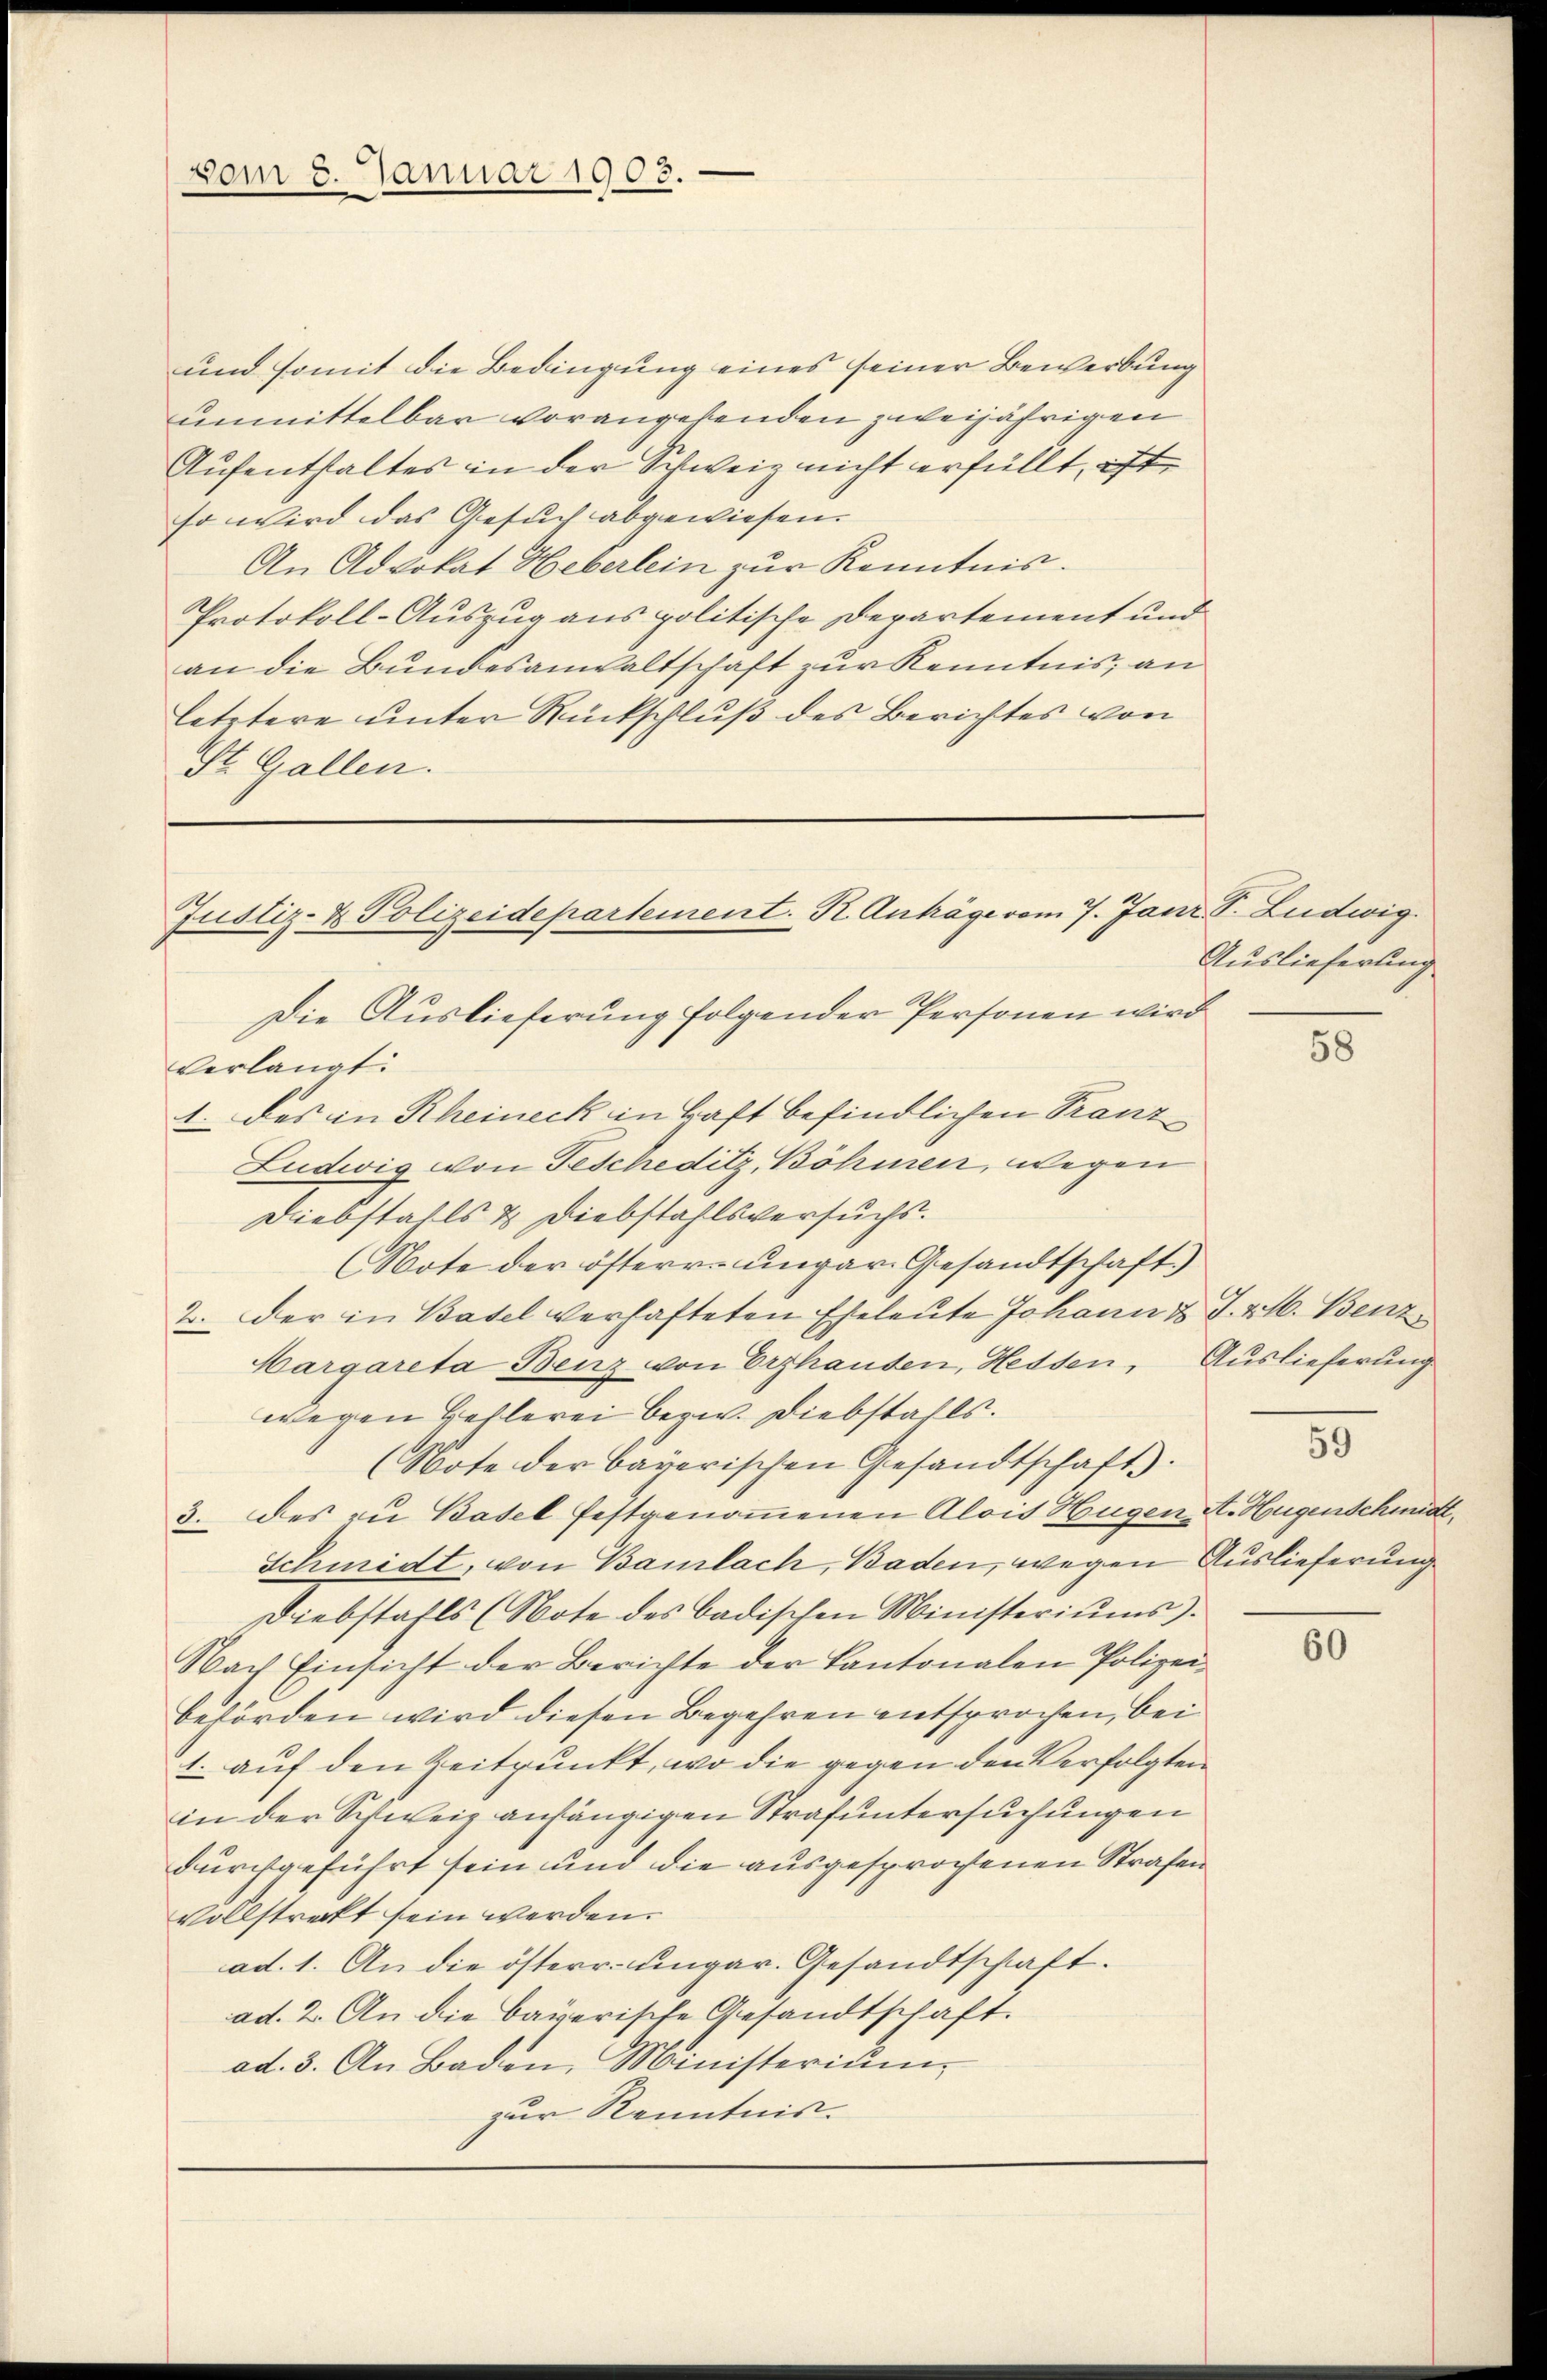
vom 8. Januar 1903.

und somit die Bedingung eines seiner Bewerbung
unmittelbar vorangesenden zweijährigen
Aufentstaltes in der Schweiz nicht erfüllt, ift
so wird das Gesuch abgewiesen.
An Advokat Heberlein zur Kenntnis.
Protokoll-Auszug aus politische Departement und
an die Bundesanwaltschaft zur Kenntnis, an
letztere unter Rückschluß des Berichtes von
St. Gallen.

Justiz- & Polizeidepartement. K. Anträge vom 7. Janr. S. Ludwig.
Die Auslieferung folgender Personen wird

verlangt:
1. des in Rheineck in Kraft befindlichen Franz
Ludwig von Fescheditz, Böhmen, wegen
Diebstalls & Diebstahlsversuchs.
(Note der österr.-ungar. Gesandtschaft)
2. Der in Basel verhafteten Eheleute Johann u. I. & 16. Benz
Margareta Benz von Erzhausen, Hessen, Auslieferung
wegen Behlerei bezw. Diebstahls.
(Note der bayerischen Gesandtschaft.
3. des zu Basel festgenommenen Alois Hugen A. Hugenschmidt,
Schmidt, von Bamlach, Baden, wegen Auslieferung
Diebstahls (Note des badischen Ministeriŭms).
Nach Einsicht der Berichte der Kantonalen Polizei
behörden wird diesen Begehren entsprochen, bei
1. auf den Zeitpunkt, wo die gegen den Verfolgten
in der Schweiz anhängigen Strafuntersuchungen
durchgeführt sein und die ausgesprochenen Strafen
vollstreckt sein werden.
ad. 1. An die österr. ungar. Gesandtschaft.
ad. 2. An die bayerische Gesandtschaft.
ad. 3. An Baden, Ministerium
zur Kenntnis.

Auslieferung

58

5

60